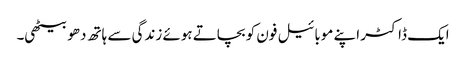
ایک ڈاکٹر اپنے موبائیل فون کو بچاتے ہوئے زندگی سے ہاتھ دھو بیٹھی۔